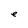
Character: e